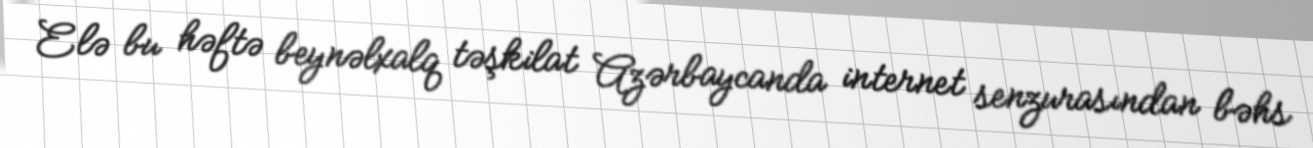
Elə bu həftə beynəlxalq təşkilat Azərbaycanda internet senzurasından bəhs